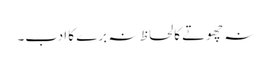
نہ چھوتے کا لحاظ نہ برے کا ادب۔